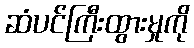
ဆံပင်ကြီးထွားမှုကို